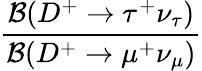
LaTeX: \displaystyle\frac{{\mathcal B}(D^{+}\to\tau^{+}\nu_{\tau})}{{\mathcal B}(D^{+}\to\mu^{+}\nu_{\mu})}